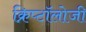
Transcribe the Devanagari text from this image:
क्रिप्टॉलोजी